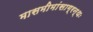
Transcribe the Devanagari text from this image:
मासमीमांसाग्रन्थः